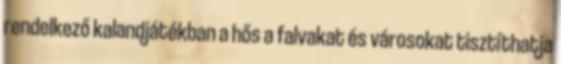
rendelkező kalandjátékban a hős a falvakat és városokat tisztíthatja